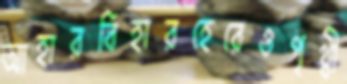
আহারবিহারহেরেওপৃথ্বী